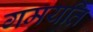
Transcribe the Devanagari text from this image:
गमयति